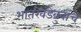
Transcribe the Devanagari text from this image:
भातखंडेबुवांचे